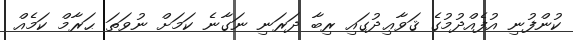
ކުންފުނި އުފެއްދުމުގެ ޤަވާޢިދުގައި ރިބާ ދަރަނި ނަގާނެ ކަމަށް ނުވަތަ ޙަރާމް ކަމެއް